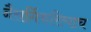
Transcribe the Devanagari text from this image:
नैसर्गिकरित्याच